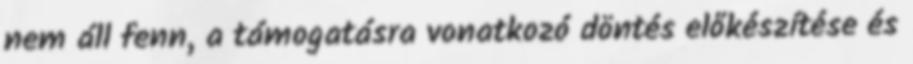
nem áll fenn, a támogatásra vonatkozó döntés előkészítése és